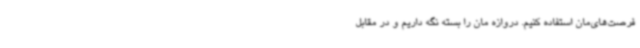
فرصت‌های‌مان استفاده کنیم. دروازه‌ مان را بسته نگه داریم و در مقابل